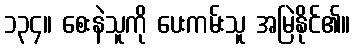
၁၃၄။ စေးနဲသူကို ပေးကမ်းသူ အမြဲနိုင်၏။